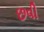
છવી